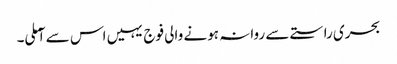
بحری راستے سے روانہ ہونے والی فوج یہیں اس سے آملی۔